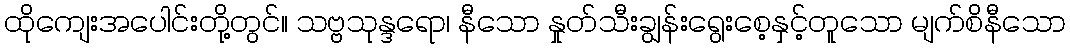
ထိုကျေးအပေါင်းတို့တွင်။ သဗ္ဗသုန္ဒရော၊ နီသော နှုတ်သီးချွန်းရွေးစေ့နှင့်တူသော မျက်စိနီသော